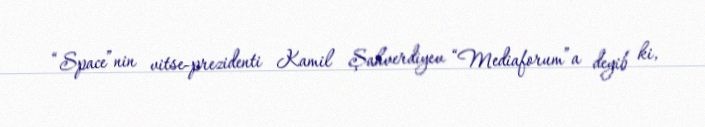
“Space”nin vitse-prezidenti Kamil Şahverdiyev “Mediaforum”a deyib ki,